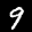
Label: 9